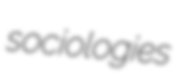
sociologies